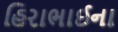
હિરાભાઈના